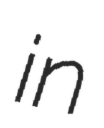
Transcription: in